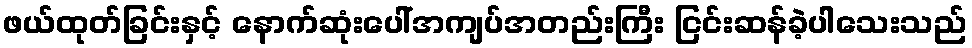
ဖယ်ထုတ်ခြင်းနှင့် နောက်ဆုံးပေါ်အကျပ်အတည်းကြီး ငြင်းဆန်ခဲ့ပါသေးသည်